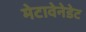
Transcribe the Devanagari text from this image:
मेटावेनेडेट